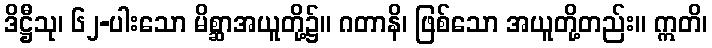
ဒိဋ္ဌီသု၊ ၆၂-ပါးသော မိစ္ဆာအယူတို့၌။ ဂတာနိ၊ ဖြစ်သော အယူတို့တည်း။ ဣတိ၊